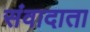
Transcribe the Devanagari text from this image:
संवादाता